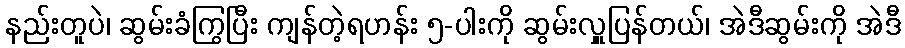
နည်းတူပဲ၊ ဆွမ်းခံကြွပြီး ကျန်တဲ့ရဟန်း ၅-ပါးကို ဆွမ်းလှူပြန်တယ်၊ အဲဒီဆွမ်းကို အဲဒီ